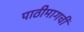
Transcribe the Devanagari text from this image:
पाठीमागची